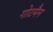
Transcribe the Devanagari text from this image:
गोटमैन